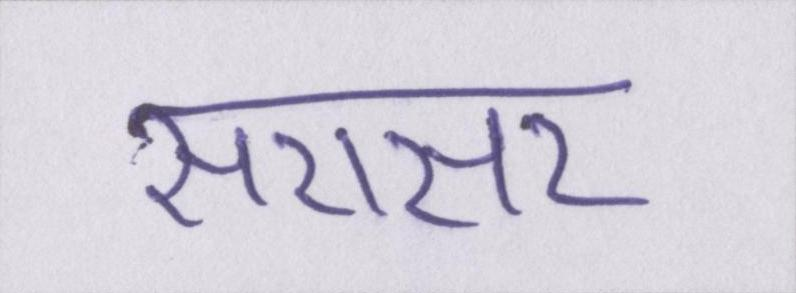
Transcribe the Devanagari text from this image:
सरासर